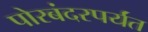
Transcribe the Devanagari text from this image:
पोरबंदरपर्यंत